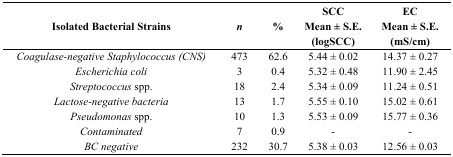
<table><thead><tr><td><b>Isolated Bacterial Strains</b></td><td><b><i>n</i></b></td><td><b>%</b></td><td><b>SCC Mean ± S.E. (logSCC)</b></td><td><b>EC Mean ± S.E. (mS/cm)</b></td></tr></thead><tbody><tr><td><i>Coagulase-negative Staphylococcus (CNS)</i></td><td>473</td><td>62.6</td><td>5.44 ± 0.02</td><td>14.37 ± 0.27</td></tr><tr><td><i>Escherichia coli</i></td><td>3</td><td>0.4</td><td>5.32 ± 0.48</td><td>11.90 ± 2.45</td></tr><tr><td><i>Streptococcus</i> spp.</td><td>18</td><td>2.4</td><td>5.34 ± 0.09</td><td>11.24 ± 0.51</td></tr><tr><td><i>Lactose-negative bacteria</i></td><td>13</td><td>1.7</td><td>5.55 ± 0.10</td><td>15.02 ± 0.61</td></tr><tr><td><i>Pseudomonas</i> spp.</td><td>10</td><td>1.3</td><td>5.53 ± 0.09</td><td>15.77 ± 0.36</td></tr><tr><td><i>Contaminated</i></td><td>7</td><td>0.9</td><td>-</td><td>-</td></tr><tr><td><i>BC negative</i></td><td>232</td><td>30.7</td><td>5.38 ± 0.03</td><td>12.56 ± 0.03</td></tr></tbody></table>